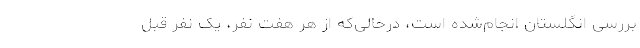
بررسی انگلستان انجام‌شده است، درحالی‌که از هر هفت نفر، یک نفر قبل